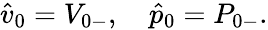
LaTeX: \begin{array}{r}{\hat{v}_{0}={V}_{0-},\quad\hat{p}_{0}={P}_{0-}.}\end{array}